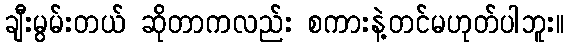
ချီးမွမ်းတယ် ဆိုတာကလည်း စကားနဲ့တင်မဟုတ်ပါဘူး။